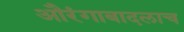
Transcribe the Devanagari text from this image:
औरंगाबादलाच